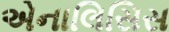
એનાલિસિસ